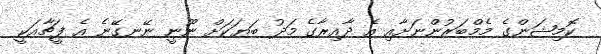
ކޮމިޝަންގެ މެމްބަރުންނަށާއި އެ ދާއިރާގެ މަދު ބަޔަކަށް ނޫނީ ނޭނގޭނެ އެ ފީޗާއަކީ